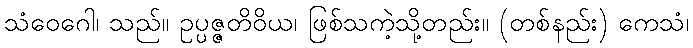
သံဝေဂေါ၊ သည်။ ဥပ္ပဇ္ဇတိဝိယ၊ ဖြစ်သကဲ့သို့တည်း။ (တစ်နည်း) ကေသံ၊